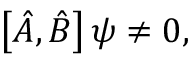
\left[ { \hat { A } } , { \hat { B } } \right] \psi \neq 0 ,